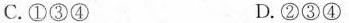
C.①③④ D.②③④